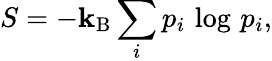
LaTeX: S=-\mathbf{k}_{\mathrm{{B}}}\sum_{i}p_{i}\, \log\, p_{i},